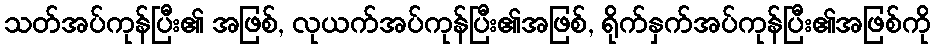
သတ်အပ်ကုန်ပြီး၏ အဖြစ်, လုယက်အပ်ကုန်ပြီး၏အဖြစ်, ရိုက်နှက်အပ်ကုန်ပြီး၏အဖြစ်ကို